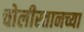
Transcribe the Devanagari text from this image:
चोलीस्तानच्या